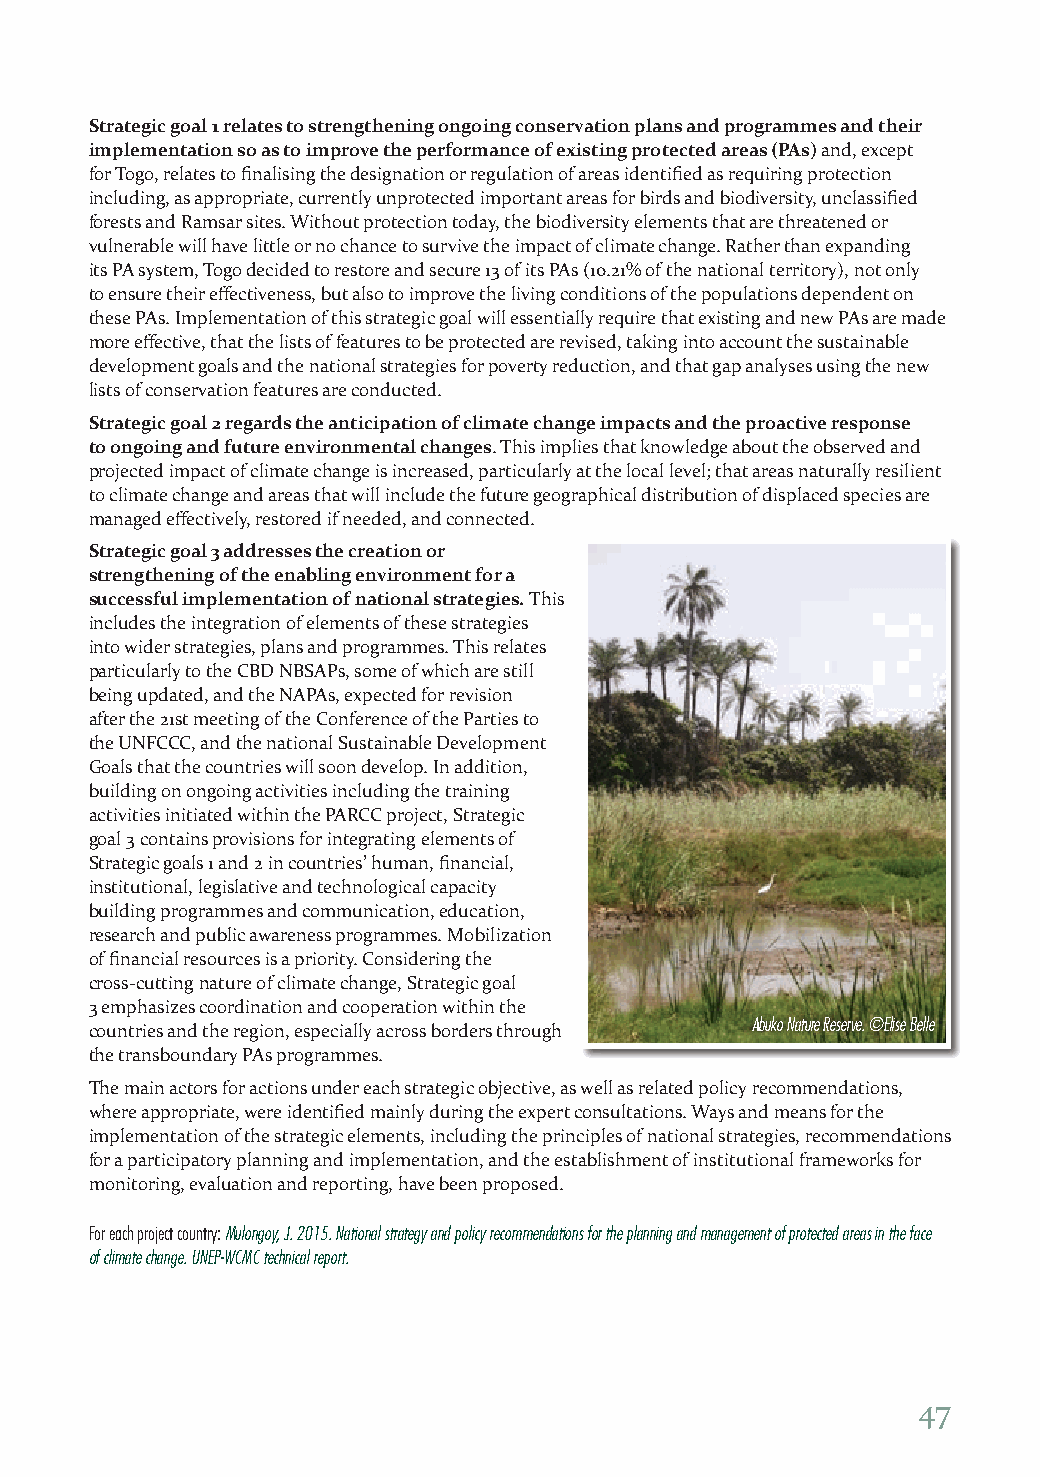
Strategic goal 1 relates to strengthening ongoing conservation plans and programmes and their
 implementation so as to improve the performance of existing protected areas (PAs) and, except
 for Togo, relates to finalising the designation or regulation of areas identified as requiring protection
 including, as appropriate, currently unprotected important areas for birds and biodiversity, unclassified
 forests and Ramsar sites. Without protection today, the biodiversity elements that are threatened or
 vulnerable will have little or no chance to survive the impact of climate change. Rather than expanding
 its PA system, Togo decided to restore and secure 13 of its PAs (10.21% of the national territory), not only
 to ensure their effectiveness, but also to improve the living conditions of the populations dependent on
 these PAs. Implementation of this strategic goal will essentially require that existing and new PAs are made
 more effective, that the lists of features to be protected are revised, taking into account the sustainable
 development goals and the national strategies for poverty reduction, and that gap analyses using the new
 lists of conservation features are conducted.
 Strategic goal 2 regards the anticipation of climate change impacts and the proactive response
 to ongoing and future environmental changes. This implies that knowledge about the observed and
 projected impact of climate change is increased, particularly at the local level; that areas naturally resilient
 to climate change and areas that will include the future geographical distribution of displaced species are
 managed effectively, restored if needed, and connected.
 Strategic goal 3 addresses the creation or
 strengthening of the enabling environment for a
 successful implementation of national strategies. This
 includes the integration of elements of these strategies
 into wider strategies, plans and programmes. This relates
 particularly to the CBD NBSAPs, some of which are still
 being updated, and the NAPAs, expected for revision
 after the 21st meeting of the Conference of the Parties to
 the UNFCCC, and the national Sustainable Development
 Goals that the countries will soon develop. In addition,
 building on ongoing activities including the training
 activities initiated within the PARCC project, Strategic
 goal 3 contains provisions for integrating elements of
 Strategic goals 1 and 2 in countries’ human, financial,
 institutional, legislative and technological capacity
 building programmes and communication, education,
 research and public awareness programmes. Mobilization
 of financial resources is a priority. Considering the
 cross-cutting nature of climate change, Strategic goal
 3 emphasizes coordination and cooperation within the
 countries and the region, especially across borders through Abuko Nature Reserve. ©Elise Belle
 the transboundary PAs programmes.
 The main actors for actions under each strategic objective, as well as related policy recommendations,
 where appropriate, were identified mainly during the expert consultations. Ways and means for the
 implementation of the strategic elements, including the principles of national strategies, recommendations
 for a participatory planning and implementation, and the establishment of institutional frameworks for
 monitoring, evaluation and reporting, have been proposed.
 For each project country: Mulongoy, J. 2015. National strategy and policy recommendations for the planning and management of protected areas in the face
 of climate change. UNEP-WCMC technical report.
 47